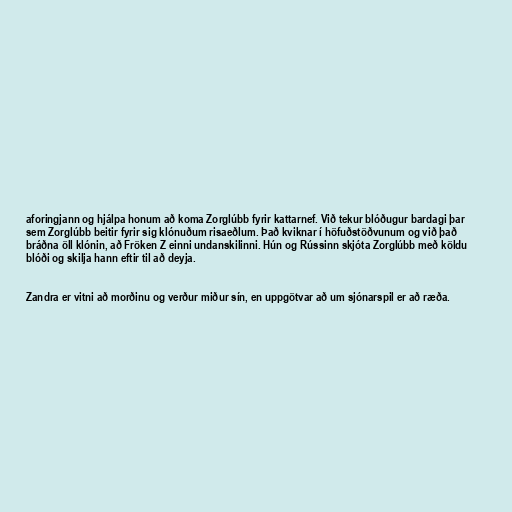
aforingjann og hjálpa honum að koma Zorglúbb fyrir kattarnef. Við tekur blóðugur bardagi þar
sem Zorglúbb beitir fyrir sig klónuðum risaeðlum. Það kviknar í höfuðstöðvunum og við það
bráðna öll klónin, að Fröken Z einni undanskilinni. Hún og Rússinn skjóta Zorglúbb með köldu
blóði og skilja hann eftir til að deyja.

Zandra er vitni að morðinu og verður miður sín, en uppgötvar að um sjónarspil er að ræða.